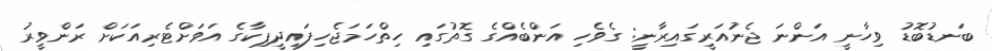
ބަނޑުބޮޑު ވިހާނީ އަންނަ ޖެނުއަރީގައިރާނީ: ގެވެހި އަންބެއްގެ ގޮތުގައި ހިތްހަމަޖެހިފައިދީޕިކާގެ އަވަށްޓެރިއަކަށް ރަންވީރު